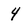
Character: 4